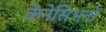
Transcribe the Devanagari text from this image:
केनेसिअनों